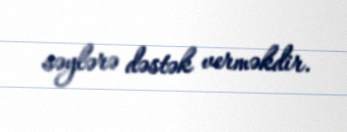
səylərə dəstək verməkdir.